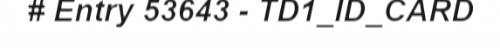
# Entry 53643 - TD1_ID_CARD